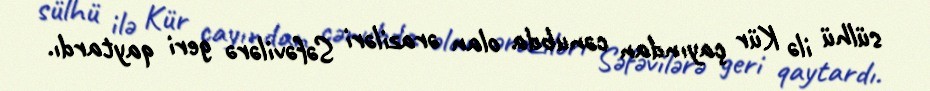
sülhü ilə Kür çayından cənubda olan əraziləri Səfəvilərə geri qaytardı.